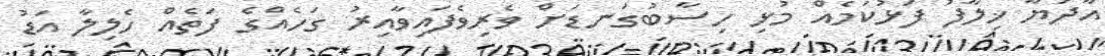
އާދަޔާ ޚިލާފު ފަޅުކަމެއް މުޅި ހިސާބުގަނޑަށް ވެރިވެފައިވާއިރު ގަހެއްގެ ފަތެއް ހެލިލާ އަޑު